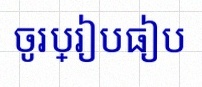
ចូរប្រៀបធៀប